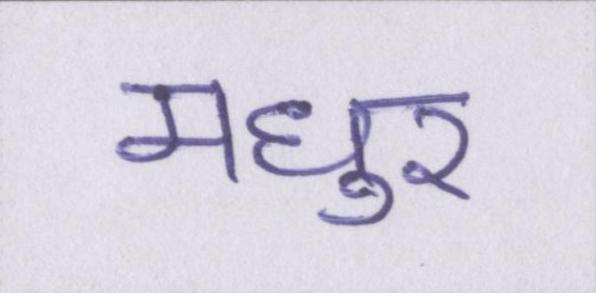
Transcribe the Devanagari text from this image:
मधुर